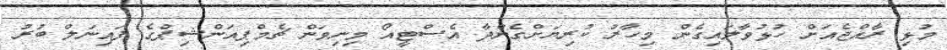
މުޅި ރާއްޖެއަށް ހުޅުވާލައިގެން މިހާރު ކުރިޔަށްގެންދާ އެސްޓީއޯ މިނިވަން ޗެމްޕިއަންޝިޕްގެ ފައިނަލް ބުރު